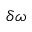
\delta \omega